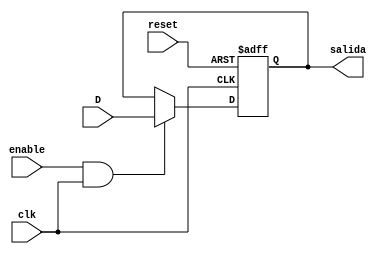
//Nicole Prem 18337 Ejercicio 01 de Lab 09

module FFD1 (input clk, reset, D, enable, output reg salida);
always @(posedge clk, posedge reset )
begin
    if (reset)
    salida <= 'b0;
    else if (enable && clk)
    salida <= D;
end
endmodule 

module FFD2(input clk, reset, input [1:0]D2, input enable, output wire [1:0] salida);
FFD1 D0(clk, reset, D2[0], enable, salida[0]);
FFD1 D1(clk, reset, D2[1], enable, salida[1]);
endmodule

module FFD4(input clk, reset, input[3:0]D4, input enable, output wire [3:0]salida4);
FFD2 D2(clk, reset, D4[1:0], enable, salida4[1:0]);
FFD2 D3(clk, reset, D4[3:2], enable, salida4[3:2]);
endmodule